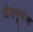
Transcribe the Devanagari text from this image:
जैवभूगोल